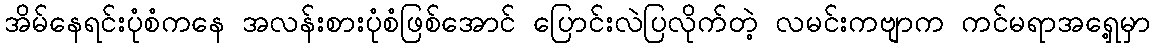
အိမ်နေရင်းပုံစံကနေ အလန်းစားပုံစံဖြစ်အောင် ပြောင်းလဲပြလိုက်တဲ့ လမင်းကဗျာက ကင်မရာအရှေ့မှာ